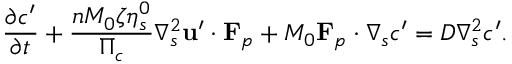
\frac { \partial c ^ { \prime } } { \partial t } + \frac { n M _ { 0 } \zeta \eta _ { s } ^ { 0 } } { \Pi _ { c } } \nabla _ { s } ^ { 2 } \mathbf { u } ^ { \prime } \boldsymbol { \cdot } \mathbf { F } _ { p } + M _ { 0 } \mathbf { F } _ { p } \boldsymbol { \cdot } \boldsymbol { \nabla } _ { s } c ^ { \prime } = D \nabla _ { s } ^ { 2 } c ^ { \prime } .